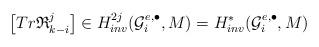
LaTeX: \begin{align*}\left[ Tr\mathfrak{R}_{k-i}^{j}\right] \in H_{inv}^{2j}(\mathcal{G}_{i}^{e,\bullet },M)=H_{inv}^{\ast }(\mathcal{G}_{i}^{e,\bullet },M)\end{align*}